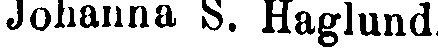
Johanna S. Haglund.